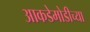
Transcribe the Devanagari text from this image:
आकडेमोडीच्या